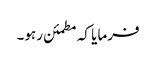
فرمایا کہ مطمئن رہو۔